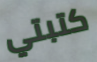
كتبتي